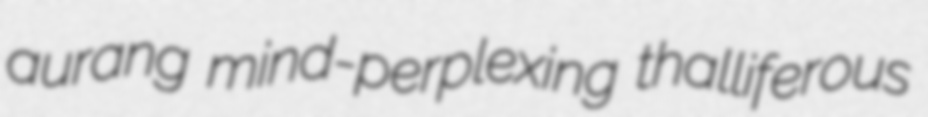
aurang mind-perplexing thalliferous